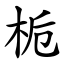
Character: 栀